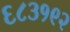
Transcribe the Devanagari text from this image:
६८३१९२